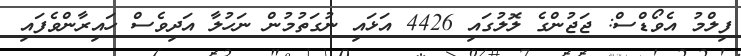
ފިލްމު އެވޯޑްސް: ޖަޖުންގެ ލޮލުގައި 4426 އަޅައި ނުގަތުމުން ނަހުލާ އަދިވެސް ހައިރާންވެފައި